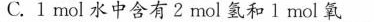
C.1mol水中含有2mol氢和1mol氧